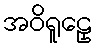
အဝိရူဠှေ